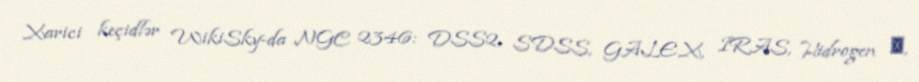
Xarici keçidlər WikiSky-da NGC 2346: DSS2, SDSS, GALEX, IRAS, Hidrogen α,